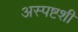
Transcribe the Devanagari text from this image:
अस्पष्टशी